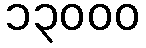
၁၃၀၀၀